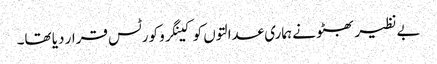
بے نظیر بھٹو نے ہماری عدالتوں کو کینگرو کورٹس قرار دیا تھا۔